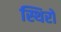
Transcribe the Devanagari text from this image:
स्थिरो